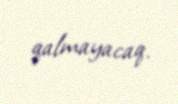
qalmayacaq.